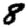
Digit: 8